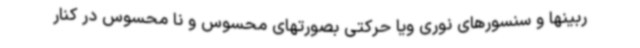
ربینها و سنسورهای نوری ویا حرکتی بصورتهای محسوس و نا محسوس در کنار